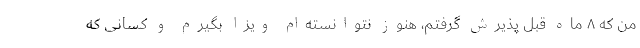
من که ۸ ماه قبل پذیرش گرفتم، هنوز نتوانسته‌ام ویزا بگیرم و کسانی که